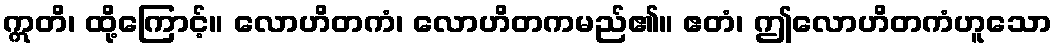
ဣတိ၊ ထို့ကြောင့်။ လောဟိတကံ၊ လောဟိတကမည်၏။ ဧတံ၊ ဤလောဟိတကံဟူသော